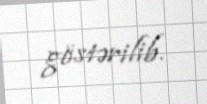
göstərilib.